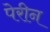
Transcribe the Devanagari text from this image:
पेरीन